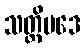
သတ္ထိပဒေ